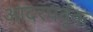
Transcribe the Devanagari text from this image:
आदरपर्वूक